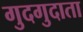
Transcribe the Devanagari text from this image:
गुदगुदाता